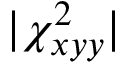
\lvert \chi _ { x y y } ^ { 2 } \rvert